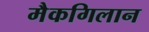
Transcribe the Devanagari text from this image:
मैकगिलान